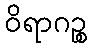
ဝိရာဂဉ္စ